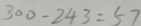
3 0 0 - 2 4 3 = 5 7